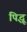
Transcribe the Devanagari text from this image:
पिद्धू